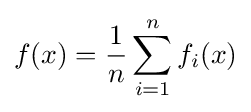
f(x)={\frac {1}{n}}\sum _{i=1}^{n}f_{i}(x)